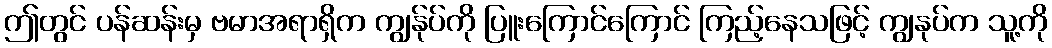
ဤတွင် ပန်ဆန်းမှ ဗမာအရာရှိက ကျွန်ုပ်ကို ပြူးကြောင်ကြောင် ကြည့်နေသဖြင့် ကျွနုပ်က သူ့ကို